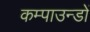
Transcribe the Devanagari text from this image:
कम्पाउन्डों